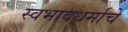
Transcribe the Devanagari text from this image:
स्वभावधर्माचे